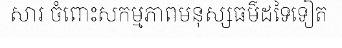
សារ ចំពោះសកម្មភាពមនុស្សធម៌ដទៃទៀត